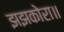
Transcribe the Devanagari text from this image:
झझकोरा॥